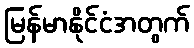
မြန်မာနိုင်ငံအတွက်